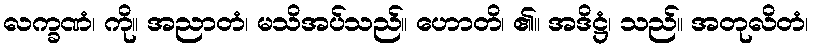
လက္ခဏံ၊ ကို။ အညာတံ၊ မသိအပ်သည်။ ဟောတိ၊ ၏။ အဒိဋ္ဌံ၊ သည်။ အတုလိတံ၊